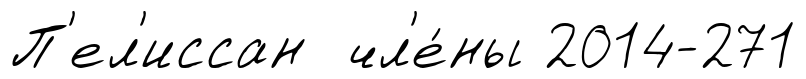
П'ел'иссан чл'е́ны 2014-271